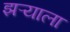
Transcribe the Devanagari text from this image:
झऱ्याला